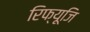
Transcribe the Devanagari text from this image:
रिफ्यूजि